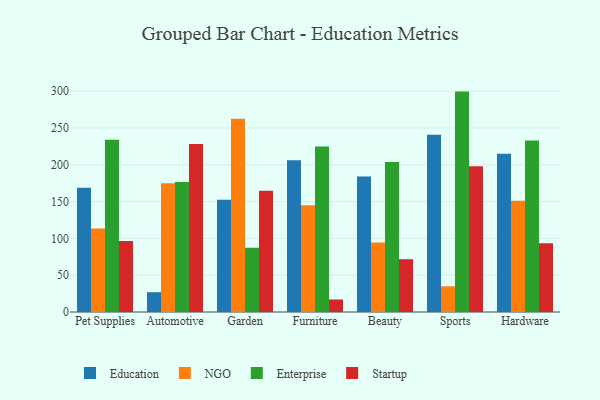
{"axis": {"x": "Category", "y": "Market Share (%)"}, "legend": ["Education", "Enterprise", "NGO", "Startup"], "data": [{"x": "Pet Supplies", "y": 168.9, "type": "Education"}, {"x": "Pet Supplies", "y": 113.5, "type": "NGO"}, {"x": "Pet Supplies", "y": 233.9, "type": "Enterprise"}, {"x": "Pet Supplies", "y": 96.5, "type": "Startup"}, {"x": "Automotive", "y": 26.9, "type": "Education"}, {"x": "Automotive", "y": 174.8, "type": "NGO"}, {"x": "Automotive", "y": 176.5, "type": "Enterprise"}, {"x": "Automotive", "y": 228.2, "type": "Startup"}, {"x": "Garden", "y": 152.6, "type": "Education"}, {"x": "Garden", "y": 262.6, "type": "NGO"}, {"x": "Garden", "y": 87.3, "type": "Enterprise"}, {"x": "Garden", "y": 164.6, "type": "Startup"}, {"x": "Furniture", "y": 206.3, "type": "Education"}, {"x": "Furniture", "y": 144.9, "type": "NGO"}, {"x": "Furniture", "y": 224.7, "type": "Enterprise"}, {"x": "Furniture", "y": 17.0, "type": "Startup"}, {"x": "Beauty", "y": 184.2, "type": "Education"}, {"x": "Beauty", "y": 94.3, "type": "NGO"}, {"x": "Beauty", "y": 203.6, "type": "Enterprise"}, {"x": "Beauty", "y": 71.7, "type": "Startup"}, {"x": "Sports", "y": 240.9, "type": "Education"}, {"x": "Sports", "y": 34.9, "type": "NGO"}, {"x": "Sports", "y": 299.4, "type": "Enterprise"}, {"x": "Sports", "y": 197.9, "type": "Startup"}, {"x": "Hardware", "y": 214.9, "type": "Education"}, {"x": "Hardware", "y": 151.2, "type": "NGO"}, {"x": "Hardware", "y": 233.1, "type": "Enterprise"}, {"x": "Hardware", "y": 93.3, "type": "Startup"}]}